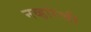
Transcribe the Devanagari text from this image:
नव्हारेची